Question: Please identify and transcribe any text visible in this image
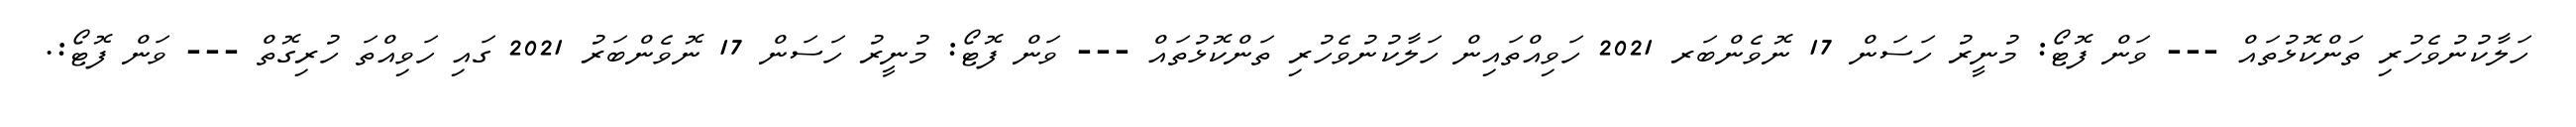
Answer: ހަލާކުނުވެހުރި ތަންކޮޅުތައް --- ވަން ފޮޓޯ: މުނީރު ހަސަން 17 ނޮވެންބަރ 2021 ހަވިއްތައިން ހަލާކުނުވެހުރި ތަންކޮޅުތައް --- ވަން ފޮޓޯ: މުނީރު ހަސަން 17 ނޮވެންބަރު 2021 ގައި ހަވިއްތަ ހުރިގޮތް --- ވަން ފޮޓޯ:.